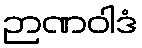
ဉာဏဝါဒံ